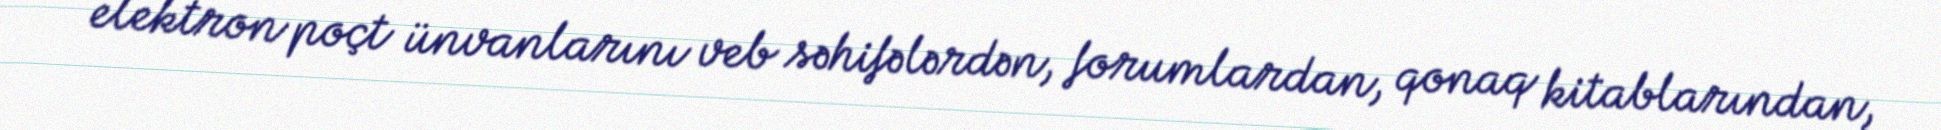
elektron poçt ünvanlarını veb səhifələrdən, forumlardan, qonaq kitablarından,